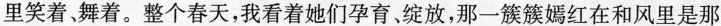
里笑着，舞着。整个春天，我看着她们孕育，绽放，那一簇簇嫣红在和风里是那